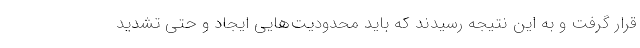
قرار گرفت و به این نتیجه رسیدند که باید محدودیت‌هایی ایجاد و حتی تشدید